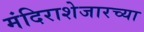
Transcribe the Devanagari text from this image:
मंदिराशेजारच्या